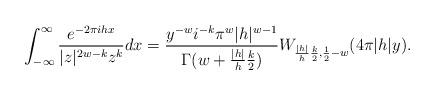
LaTeX: \begin{align*} \int_{-\infty}^{\infty} \frac{e^{-2\pi i h x}}{\lvert z \rvert^{2w - k} z^k} dx = \frac{y^{-w} i^{-k} \pi^w \lvert h \rvert^{w-1}}{\Gamma(w + \frac{\lvert h \rvert}{h} \frac{k}{2})} W_{\frac{\lvert h \rvert}{h}\frac{k}{2}, \frac{1}{2} - w}(4\pi \lvert h \rvert y). \end{align*}